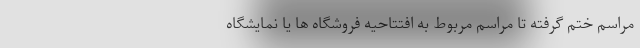
مراسم ختم گرفته تا مراسم مربوط به افتتاحیه فروشگاه ها یا نمایشگاه